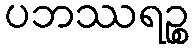
ပဘဿရဉ္စ